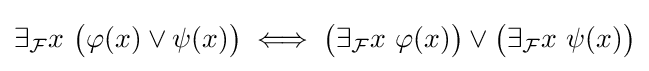
\exists _{\mathcal {F}}x\ {\big (}\varphi (x)\lor \psi (x){\big )}\;\Longleftrightarrow \;{\big (}\exists _{\mathcal {F}}x\ \varphi (x){\big )}\lor {\big (}\exists _{\mathcal {F}}x\ \psi (x){\big )}